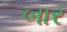
બાર